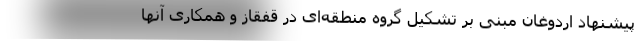
پیشنهاد اردوغان مبنی بر تشکیل گروه منطقه‌ای در قفقاز و همکاری آنها